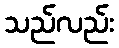
သည်လည်း